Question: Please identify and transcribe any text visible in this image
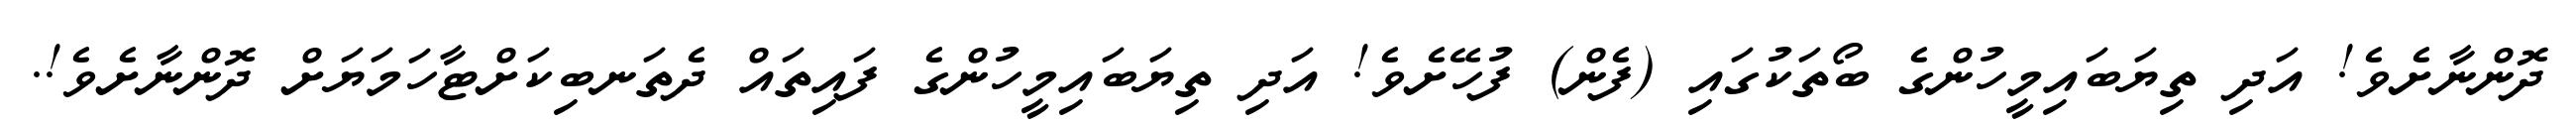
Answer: ދޮންނާށެވެ! އަދި ތިޔަބައިމީހުންގެ ބޯތަކުގައި (ފެން) ފުހޭށެވެ! އަދި ތިޔަބައިމީހުންގެ ފައިތައް ދެތަނބިކަށްޓާހަމަޔަށް ދޮންނާށެވެ!.